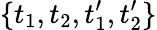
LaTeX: \{ t_{1},t_{2},t_{1}^{\prime},t_{2}^{\prime}\}